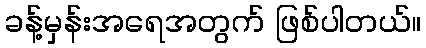
ခန့်မှန်းအရေအတွက် ဖြစ်ပါတယ်။